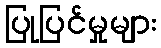
ပြုပြင်မှုများ